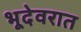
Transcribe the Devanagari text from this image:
भूदेवरात